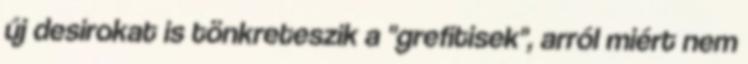
új desirokat is tönkreteszik a "grefitisek", arról miért nem